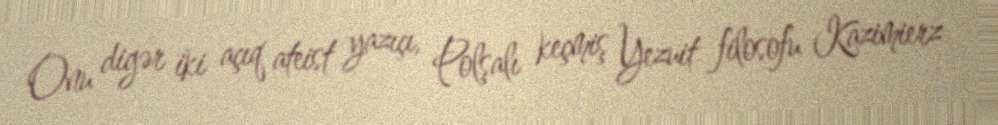
Onu digər iki açıq ateist yazıçı, Polşalı keçmiş Yezuit filosofu Kazimierz